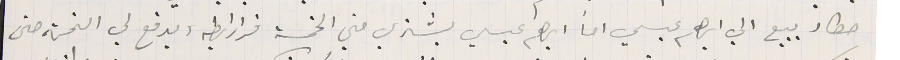
حطار يبيع الي ابرهىم عيسي اما ابرهىم عيسي يشتري مني الخمسة قرارايط ويدفع لي الخمسة حتى